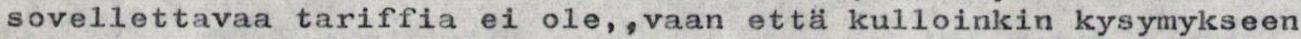
sovellettavaa tariffia ei ole,,vaan että kulloinkin kysymykseen